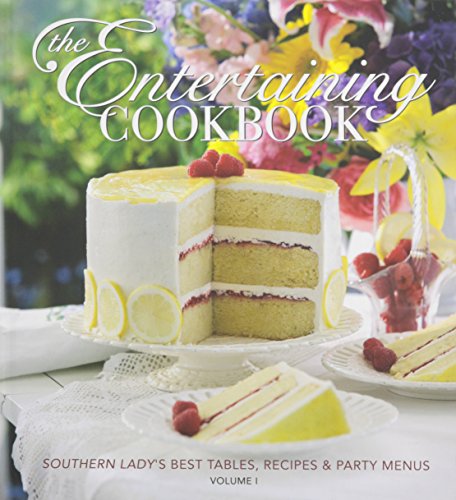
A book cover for The Entertaining Cookbook: Southern Lady's Best Tables, Recipes & Party Menus, Vol. 1; Cookbooks, Food & Wine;